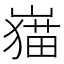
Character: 𱜎